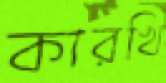
কারখি